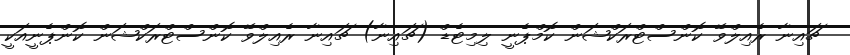
ޗައިނާ ރެއިލްވޭ ކޮންސްޓްރަކްޝަން ކޮމްޕެނީ ލިމިޓެޑް (ޗައިނާ) ޗައިނާ ރެއިލްވޭ ކޮންސްޓްރަކްޝަން ކޮންޕެނީއަކީ